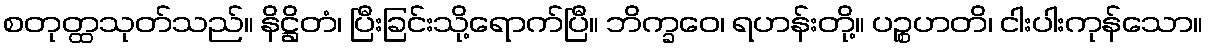
စတုတ္ထသုတ်သည်။ နိဋ္ဌိတံ၊ ပြီးခြင်းသို့ရောက်ပြီ။ ဘိက္ခဝေ၊ ရဟန်းတို့။ ပဉ္စဟတိ၊ ငါးပါးကုန်သော။